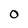
Character: O